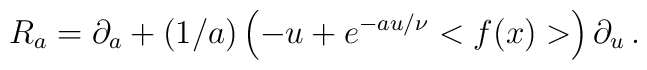
R_a= \partial_a + (1/a)\left(-u+e^{-au/\nu} <f(x)> \right)\partial_u \,.